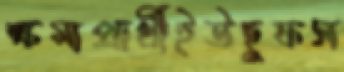
ক্ষমাপ্রার্থীইউছুফস